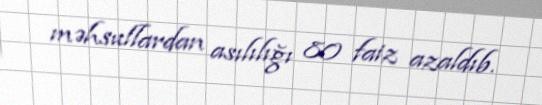
məhsullardan asılılığı 80 faiz azaldıb.